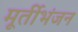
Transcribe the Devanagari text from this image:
मूर्तीभंजन